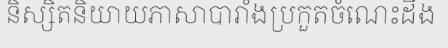
និស្សិតនិយាយភាសាបារាំងប្រកួតចំណេះដឹង